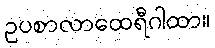
ဥပစာလာထေရီဂါထာ။